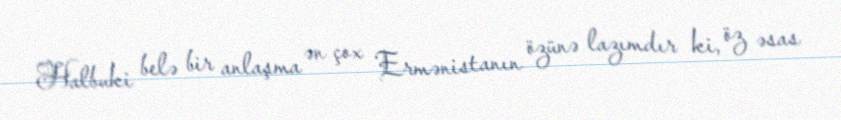
Halbuki belə bir anlaşma ən çox Ermənistanın özünə lazımdır ki, öz əsas